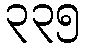
၃၃၅